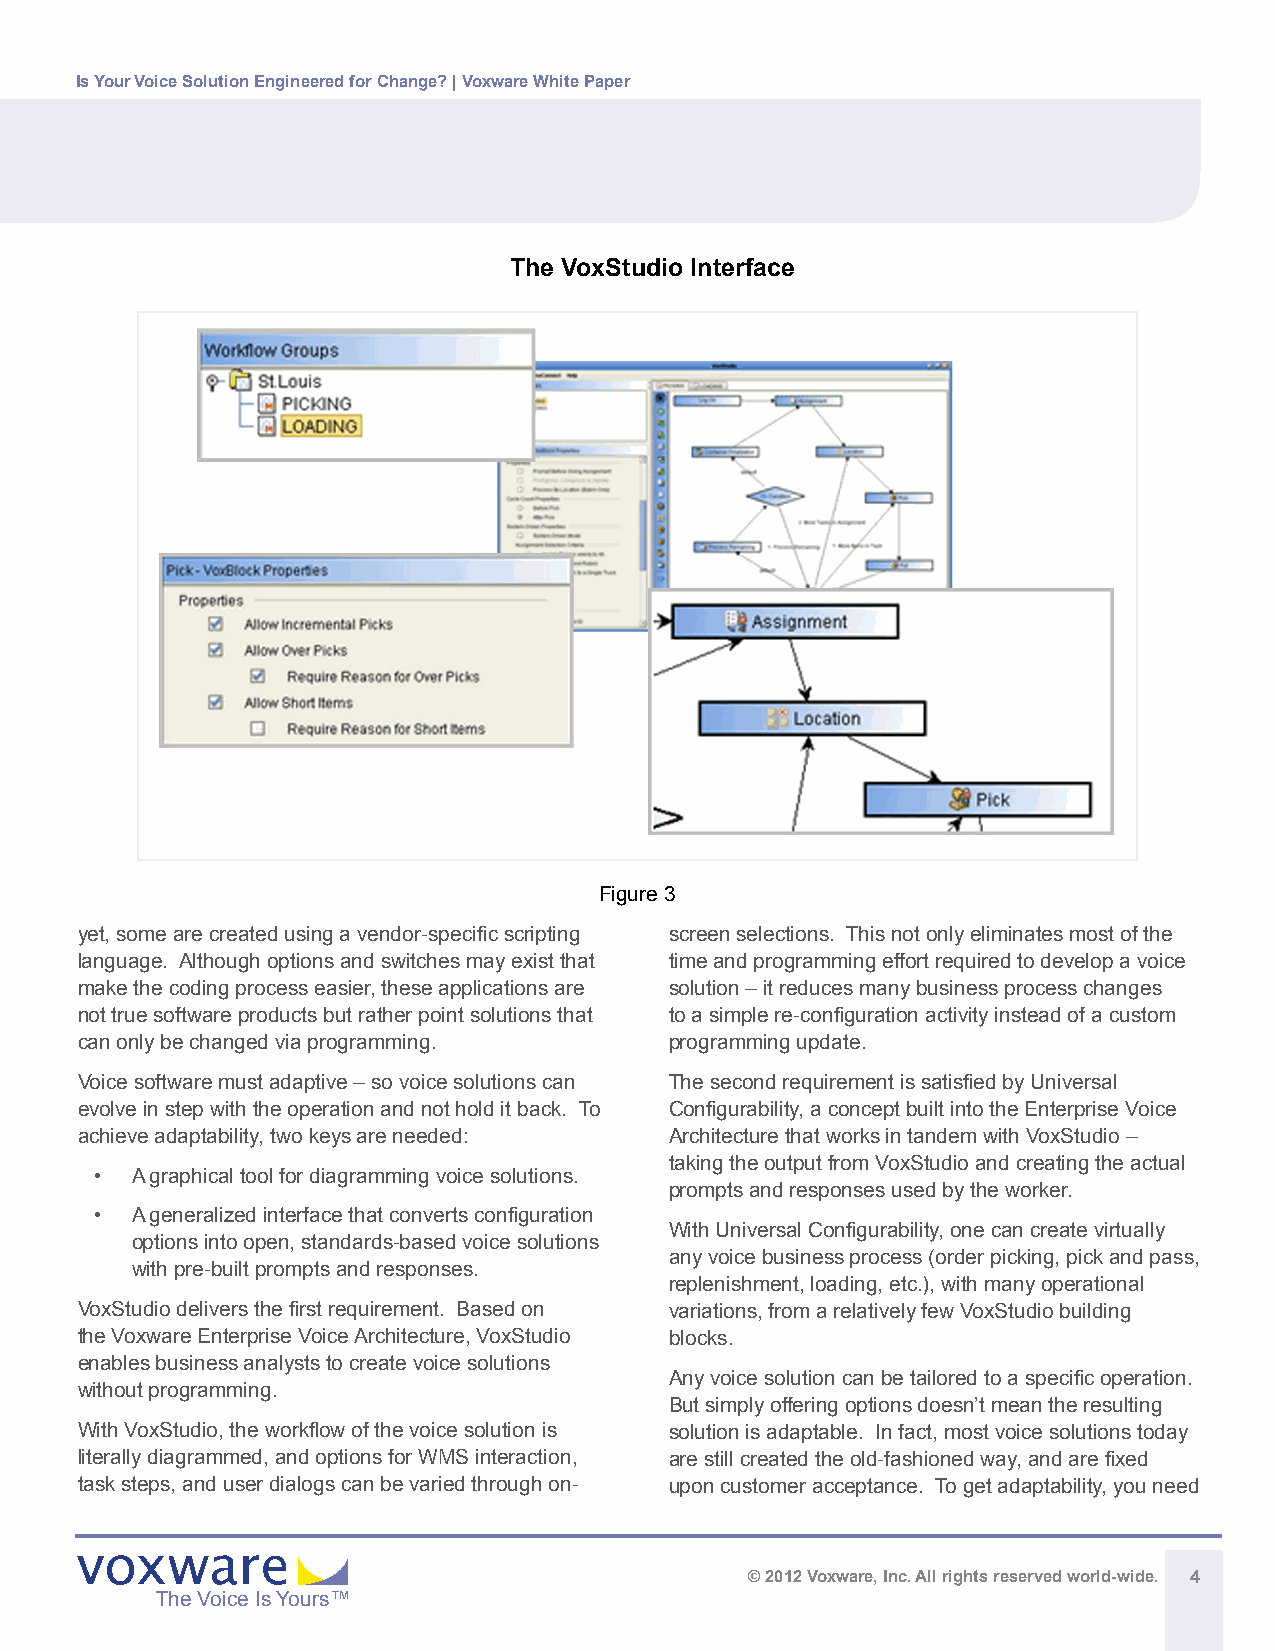
Is Your Voice Solution Engineered for Change? | Voxware White Paper
 The VoxStudio Interface
 Figure 3
 yet, some are created using a vendor-specific scripting screen selections. This not only eliminates most of the
 language. Although options and switches may exist that time and programming effort required to develop a voice
 make the coding process easier, these applications are solution – it reduces many business process changes
 not true software products but rather point solutions that to a simple re-configuration activity instead of a custom
 can only be changed via programming.   programming update.
 Voice software must adaptive – so voice solutions can The second requirement is satisfied by Universal
 evolve in step with the operation and not hold it back. To Configurability, a concept built into the Enterprise Voice
 achieve adaptability, two keys are needed: Architecture that works in tandem with VoxStudio –
 taking the output from VoxStudio and creating the actual
 •  A graphical tool for diagramming voice solutions.
 prompts and responses used by the worker.
 •  A generalized interface that converts configuration
 With Universal Configurability, one can create virtually
 options into open, standards-based voice solutions
 any voice business process (order picking, pick and pass,
 with pre-built prompts and responses.
 replenishment, loading, etc.), with many operational
 VoxStudio delivers the first requirement. Based on variations, from a relatively few VoxStudio building
 the Voxware Enterprise Voice Architecture, VoxStudio blocks.
 enables business analysts to create voice solutions
 Any voice solution can be tailored to a specific operation.
 without programming.
 But simply offering options doesn’t mean the resulting
 With VoxStudio, the workflow of the voice solution is solution is adaptable. In fact, most voice solutions today
 literally diagrammed, and options for WMS interaction, are still created the old-fashioned way, and are fixed
 task steps, and user dialogs can be varied through on- upon customer acceptance. To get adaptability, you need
 © 2012 Voxware, Inc. All rights reserved world-wide. 4
 The Voice Is Yours™